Problem: 29 + 25 = ?
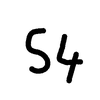
Handwritten answer: 54